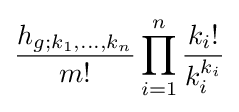
{\frac {h_{g;k_{1},\dots ,k_{n}}}{m!}}\prod _{i=1}^{n}{\frac {k_{i}!}{k_{i}^{k_{i}}}}